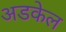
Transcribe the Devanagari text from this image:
अडकेल